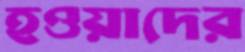
হওয়াদের